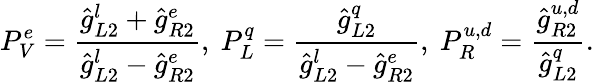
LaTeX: P_{V}^{e}=\frac{\hat{g}_{L2}^{l}+\hat{g}_{R2}^{e}}{\hat{g}_{L2}^{l}-\hat{g}_{R2}^{e}},\ P_{L}^{q}=\frac{\hat{g}_{L2}^{q}}{\hat{g}_{L2}^{l}-\hat{g}_{R2}^{e}},\ P_{R}^{u,d}=\frac{\hat{g}_{R2}^{u,d}}{\hat{g}_{L2}^{q}}.